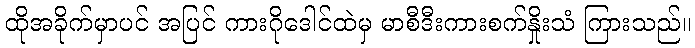
ထိုအခိုက်မှာပင် အပြင် ကားဂိုဒေါင်ထဲမှ မာစီဒီးကားစက်နှိုးသံ ကြားသည်။